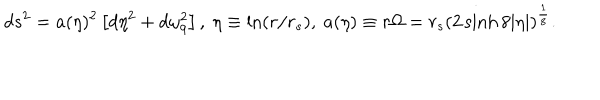
d s ^ { 2 } = a ( \eta ) ^ { 2 } \left[ d \eta ^ { 2 } + d \omega _ { 9 } ^ { 2 } \right] , ~ \eta \equiv \ln ( r / r _ { s } ) , ~ a ( \eta ) \equiv r \Omega = r _ { s } \left( 2 \sinh 8 | \eta | \right) ^ { \frac { 1 } { 8 } } .